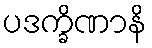
ပဒက္ခိဏာနိ